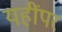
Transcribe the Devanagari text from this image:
यहींपर